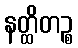
နတ္ထိတဉ္စ